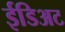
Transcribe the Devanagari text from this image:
ईडिअट